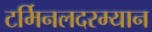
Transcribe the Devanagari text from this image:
टर्मिनलदरम्यान